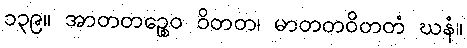
၁၃၉။ အာတတဉ္စေဝ ဝိတတ၊ မာတတဝိတတံ ဃနံ။